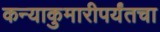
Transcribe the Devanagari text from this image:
कन्याकुमारीपर्यंतचा